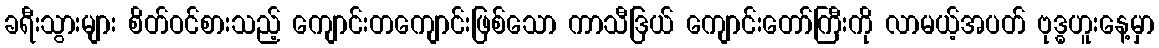
ခရီးသွားများ စိတ်ဝင်စားသည့် ကျောင်းတကျောင်းဖြစ်သော ကာသီဒြယ် ကျောင်းတော်ကြီးကို လာမယ့်အပတ် ဗုဒ္ဓဟူးနေ့မှာ